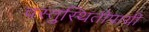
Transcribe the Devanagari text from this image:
वस्तुस्थितीपायी